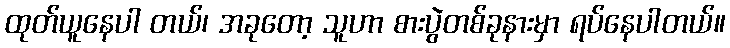
ထုတ်ယူနေပါ တယ်၊ အခုတော့ သူဟာ စားပွဲတစ်ခုနားမှာ ရပ်နေပါတယ်။